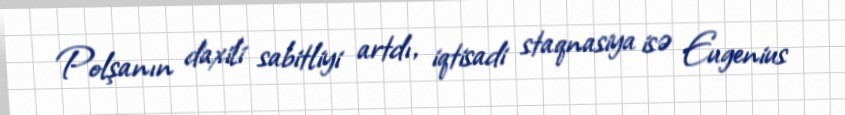
Polşanın daxili sabitliyi artdı, iqtisadi staqnasiya isə Eugenius